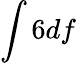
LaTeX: \int 6df